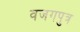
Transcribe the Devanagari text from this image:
वजगपुत्र